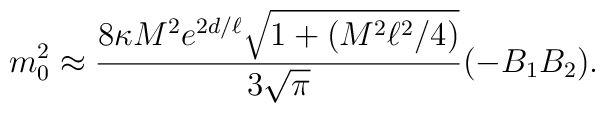
m_0^2  \approx{8\kappa M^2 e^{2d/\ell}\sqrt{1+(M^2\ell^2/4)}\over 3\sqrt{\pi}}      (-B_1 B_2).